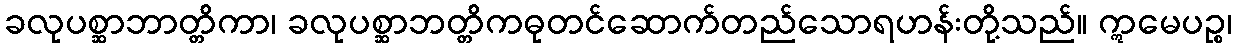
ခလုပစ္ဆာဘာတ္တိကာ၊ ခလုပစ္ဆာဘတ္တိကဓုတင်ဆောက်တည်သောရဟန်းတို့သည်။ ဣမေပဉ္စ၊